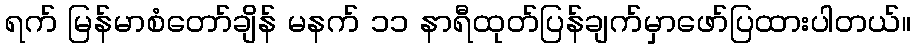
ရက် မြန်မာစံတော်ချိန် မနက် ၁၁ နာရီထုတ်ပြန်ချက်မှာဖော်ပြထားပါတယ်။